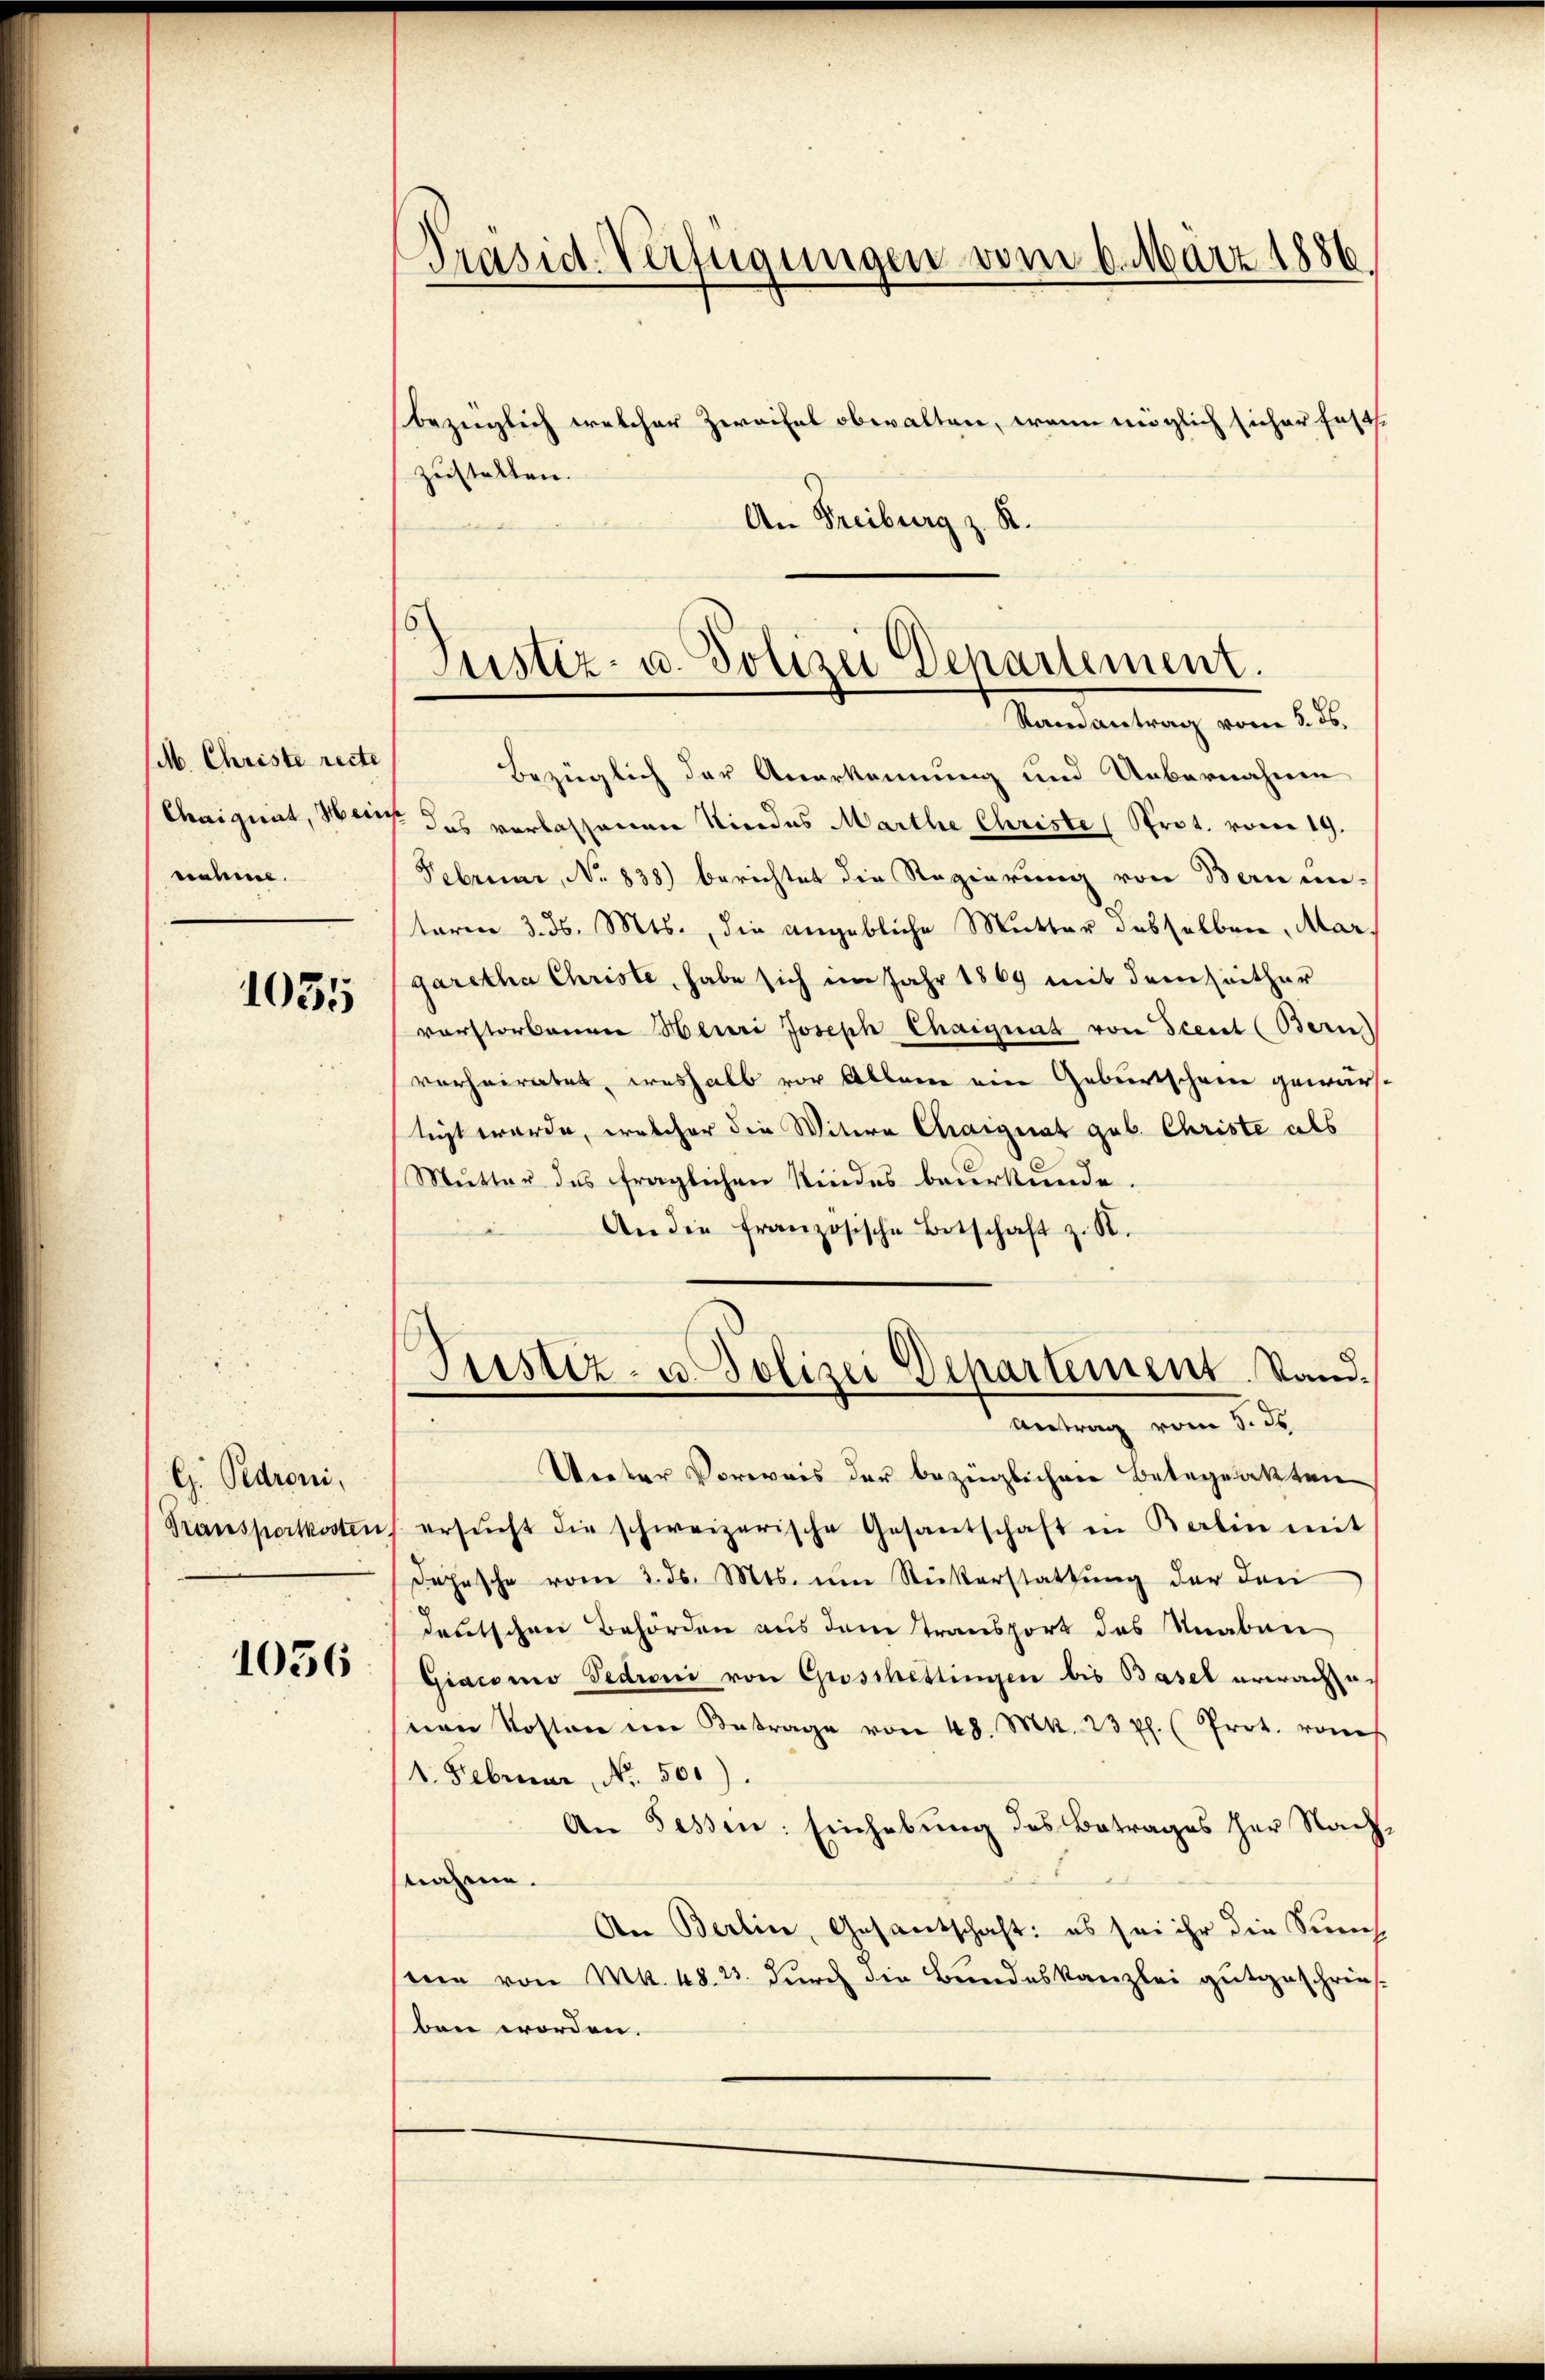
Präsid. Verfügungen vom 6. März 1886.

bezüglich welcher Zweifel obwalten, wenn möglich sicher fests
zustellen.
An Freiburg z. R.

Justiz- u. Polizei Departement.
Randantrag vom 5. ds.

Bezüglich der Anerkennung und Uebernahme
das verlassenen Niedes Marthe Christe Prot. vom 19.
Februar, No 838) berichtet die Regierung von Bern un-
term 3. d. Mts., die angebliche Mutter desselben, Margaretha Christe, habe sich im Jahr 1869 mit dem Leither
vorstorbenen Henri Joseph Chaignat von Scent (Bern
verheiratet, weshalb vor Alleme ein Geburtschein gewärtigt wurde, welcher die Witwe Chaignat geb. Christe als
Mutter des fraglichen Kindes beurkunde.
An die französische Botschaft z. R.
Veter Vorweis der bezüglichen Betageakten
ersŭcht die schweizerische Gesantschaft in Berlin mit
Dahasche vom 3. ds. Mts. um Rückerstattung der den
deutschen Behörden aus dem Stransport des Knaben
Giacomo Gedroni von Grosshettingen bis Basel erwache
nen Kosten im Betrage von 48. Mk. 23 ff. (Prot. von
1. Februar, No. 500).
An Sessen: Einhebung des Betrages zur Nach
nahme.
An Berlin, Gesantschaft: es sei ihr die Sich
seen von Mk. 48. 23. durch die Bundeskanzlei gutgeschries-
bret worden.

M. Christe recte
Chaignat, Hein
crabis.

1055

Justiz- u. Polizei Departement. Stand.
Antrag vom 5. de

G. Pedroni,
Transportkosten.

1056